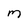
Character: m